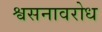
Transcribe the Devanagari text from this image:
श्वसनावरोध